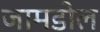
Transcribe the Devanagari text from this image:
जामडोल